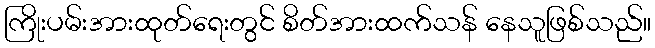
ကြိုးပမ်းအားထုတ်ရေးတွင် စိတ်အားထက်သန် နေသူဖြစ်သည်။